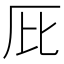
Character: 𠨽